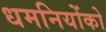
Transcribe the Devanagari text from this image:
धमनियोंको